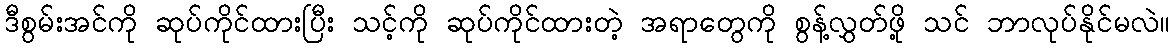
ဒီစွမ်းအင်ကို ဆုပ်ကိုင်ထားပြီး သင့်ကို ဆုပ်ကိုင်ထားတဲ့ အရာတွေကို စွန့်လွှတ်ဖို့ သင် ဘာလုပ်နိုင်မလဲ။